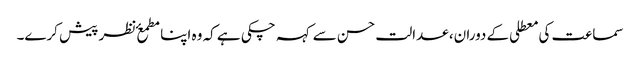
​سماعت کی معطلی کے دوران، عدالت حسن سے کہہ چکی ہے کہ وہ اپنا مطمعٴ نظر پیش کرے۔